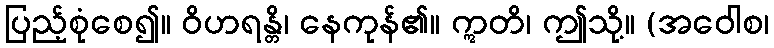
ပြည့်စုံစေ၍။ ဝိဟရန္တိ၊ နေကုန်၏။ ဣတိ၊ ဤသို့။ (အဝေါစ၊